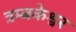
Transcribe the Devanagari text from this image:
त्रम्बकेश्वर